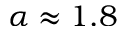
\alpha \approx 1 . 8